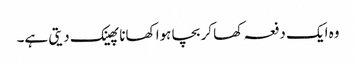
وہ ایک دفعہ کھا کر بچا ہوا کھانا پھینک دیتی ہے۔